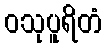
ဝသုပူရိတံ